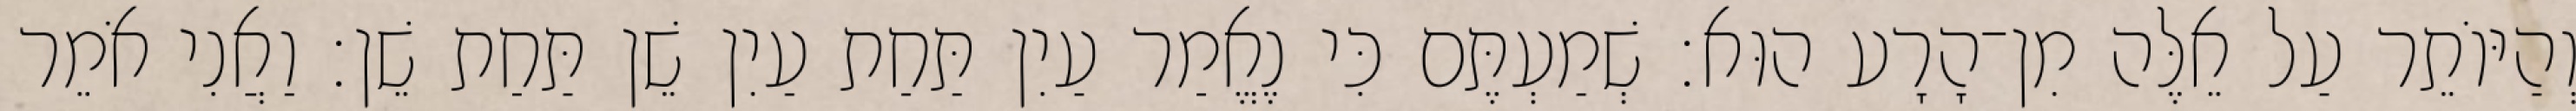
וְהַיּוֹתֵר עַל אֵלֶּה מִן־הָרָע הוּא׃ שְׁמַעְתֶּם כִּי נֶאֱמַר עַיִן תַּחַת עַיִן שֵׁן תַּחַת שֵׁן׃ וַאֲנִי אֹמֵר